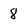
Character: 8